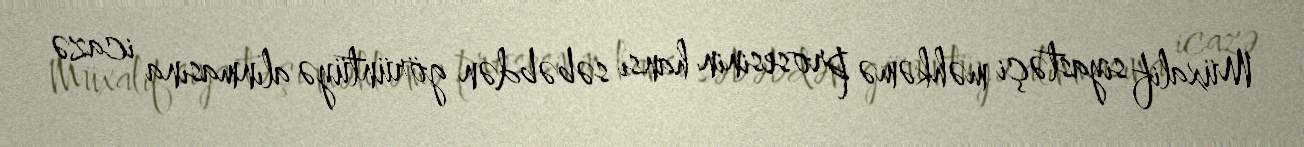
Müxalif siyastəçi məhkəmə prosesinin hansı səbəbdən görüntüyə alınmasına icazə